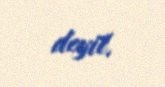
deyil.